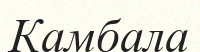
Камбала